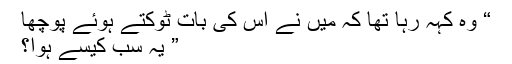
“ وہ کہہ رہا تھا کہ میں نے اس کی بات ٹوکتے ہوئے پوچھا
” یہ سب کیسے ہوا؟